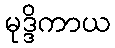
မုဒ္ဒိကာယ